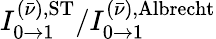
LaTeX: I_{0\to 1}^{(\bar{\nu}),\mathrm{ST}}/I_{0\to 1}^{(\bar{\nu}),\mathrm{Albrecht}}